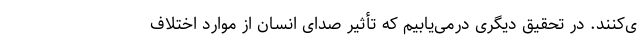
ی‌کنند. در تحقیق دیگری درمی‌یابیم که تأثیر صدای انسان از موارد اختلاف